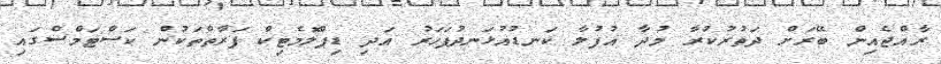
ރާއްޖެއިން ބޭރަށް ދަތުރުކުރާ މުދާ އުފުލާ ކަނޑުއުޅަނދުފަހަރު އަދި ޑިޕްލޮމެޓިކް ފަރާތްތަކުން ކަސްޓަމްސްގައި